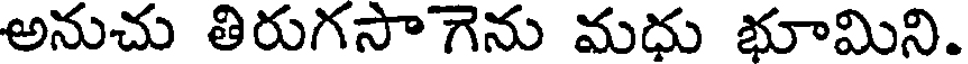
అనుచు తిరుగసాగెను మధు భూమిని.